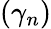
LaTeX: (\gamma_{n})